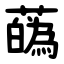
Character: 蘤